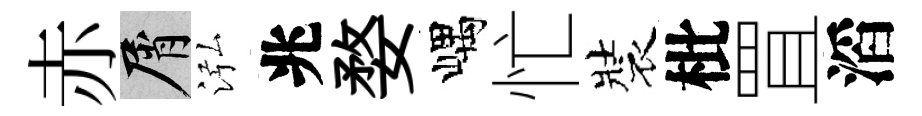
赤屑泓兆婺嵎忙裝枇罝滔